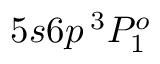
5 s 6 p \, ^ { 3 } P _ { 1 } ^ { o }